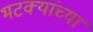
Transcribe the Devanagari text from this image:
भटक्यांच्या